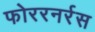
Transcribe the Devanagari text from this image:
फोररनर्रस